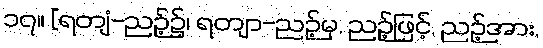
၁၇။ [ရတျံ-ညဉ့်၌၊ ရတျာ-ညဉ့်မှ, ညဉ့်ဖြင့်, ညဉ့်အား,